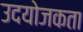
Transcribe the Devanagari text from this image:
उदयोजकता